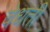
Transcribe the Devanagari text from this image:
वेधती